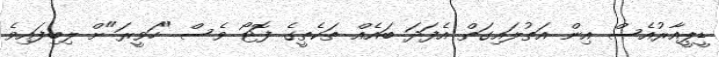
ޑީޕީއާރުއެސް އިން އަތުލައިގަތް އެފަދަ ބައެއް ތަކެތީގެ ފޮޓޯ ވެސް "ހަވީރަ"ށް ލިބިފައިވެ